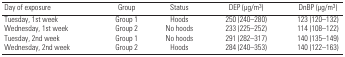
<table><thead><tr><td><b>Day of exposure</b></td><td><b>Group</b></td><td><b>Status</b></td><td><b>DEP (μg/m<sup>3</sup>)</b></td><td><b>DnBP (μg/m<sup>3</sup>)</b></td></tr></thead><tbody><tr><td><b>Tuesday, 1st week</b></td><td>Group 1</td><td>Hoods</td><td>250 (240–280)</td><td>123 (120–132)</td></tr><tr><td><b>Wednesday, 1st week</b></td><td>Group 2</td><td>No hoods</td><td>233 (225–252)</td><td>114 (108–122)</td></tr><tr><td><b>Tuesday, 2nd week</b></td><td>Group 1</td><td>No hoods</td><td>291 (282–317)</td><td>140 (135–149)</td></tr><tr><td><b>Wednesday, 2nd week</b></td><td>Group 2</td><td>Hoods</td><td>284 (240–353)</td><td>140 (122–163)</td></tr></tbody></table>